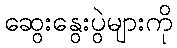
ဆွေးနွေးပွဲများကို